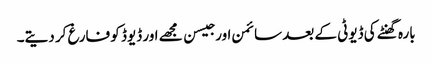
بارہ گھنٹے کی ڈیوٹی کے بعد سائمن اور جیسن مجھے اور ڈیوڈ کو فارغ کر دیتے۔